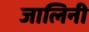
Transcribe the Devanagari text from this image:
जालिनी